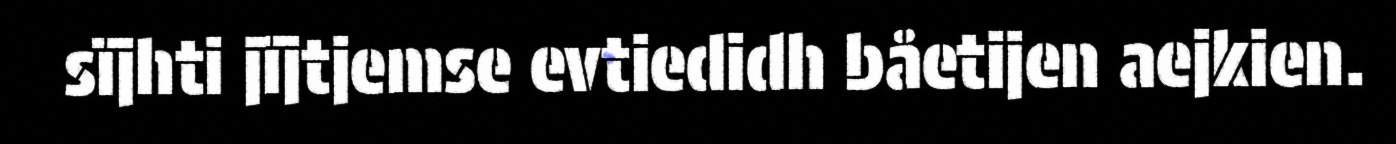
sïjhti jïjtjemse evtiedidh båetijen aejkien.